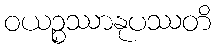
ဝယဉ္စဿာနုပဿတိ